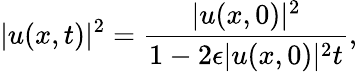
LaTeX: \lvert u(x,t)\rvert^{2}=\frac{\lvert u(x,0)\rvert^{2}}{1-2\epsilon\lvert u(x,0)\rvert^{2}t},